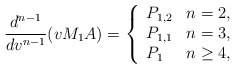
\begin{align*} \frac{d^{n-1}}{dv^{n-1}}(vM_1A)=\left\{ \begin{array}{ll} P_{1,2} & n=2,\\ P_{1,1} & n= 3,\\ P_1 & n\geq 4, \end{array}\right.\end{align*}